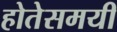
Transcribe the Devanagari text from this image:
होतेसमयी